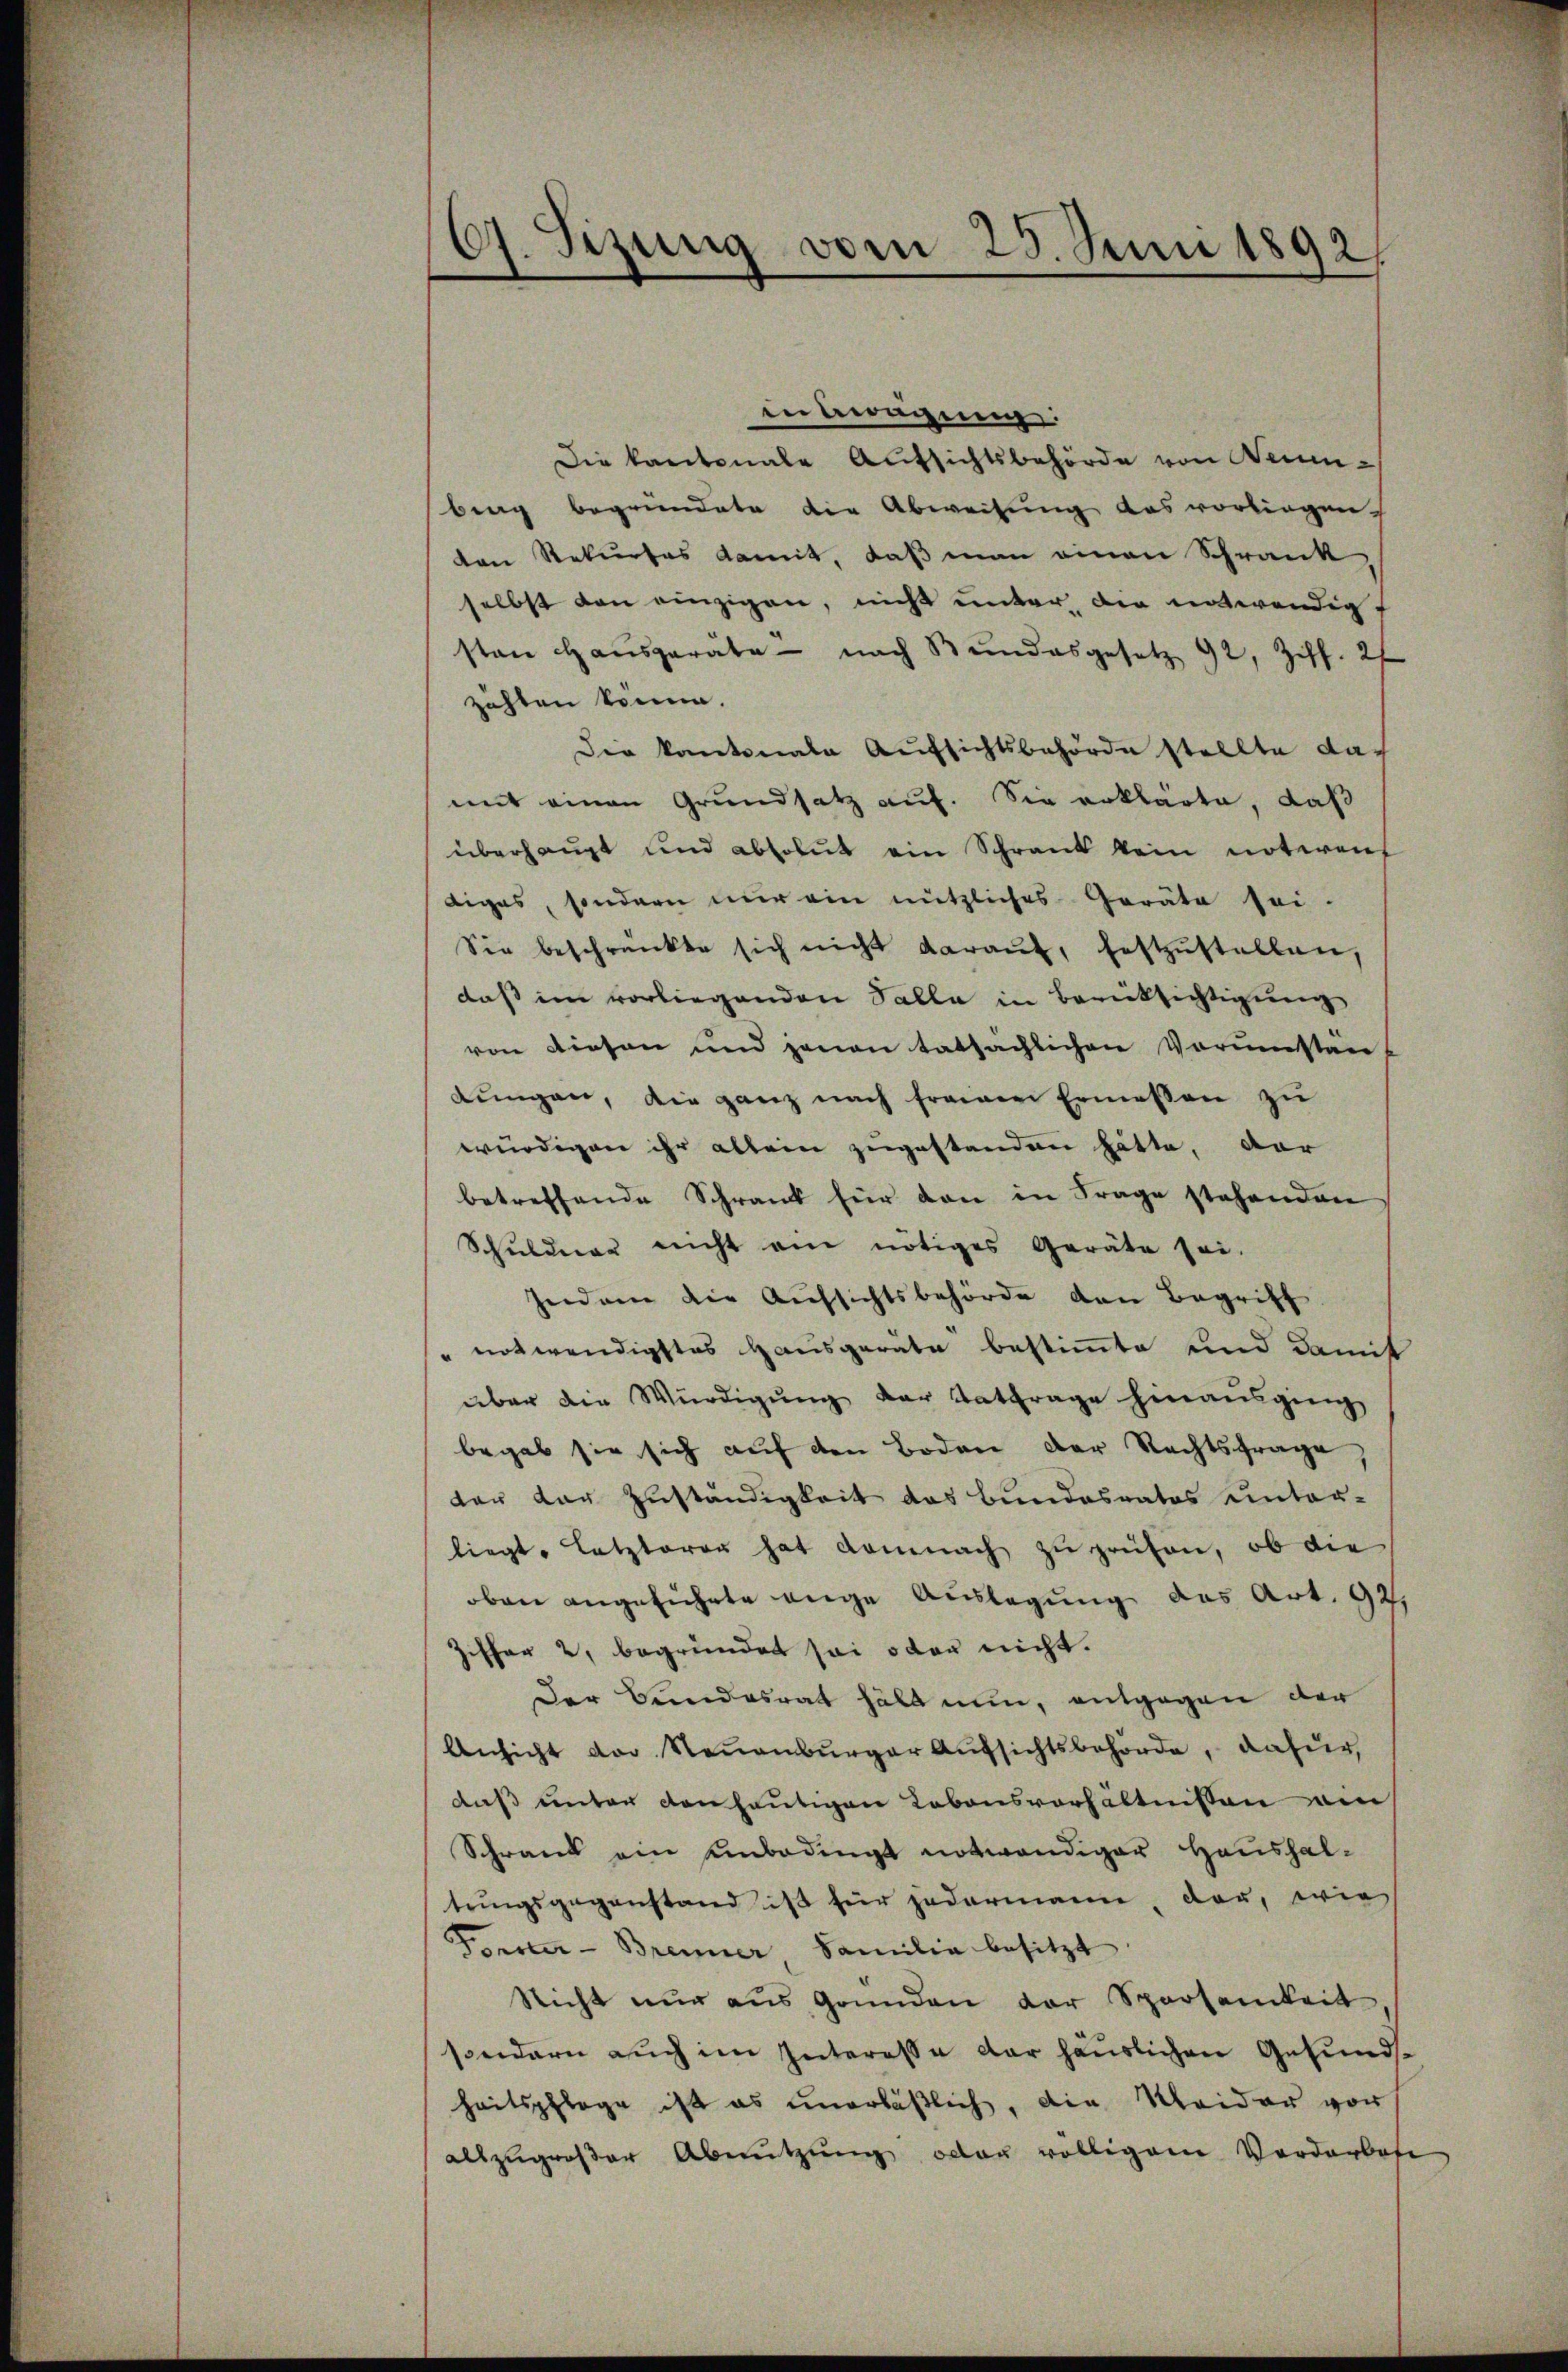
G. Sizung vom 25. Juni 1892.

in Beragung:
Die kantonale Aufsichtsbehörde von Neuenbing begründete die Abweisung das vorliegen.
den Rekurses damit, daß man einen Schrank
selbst von einzigen, nicht unter die entwendigt
sten Hausgeräte - nach Bundesgesetz 92, Ziff. 27
zahlen könne.
Die kantonale Aufsichtsbehörde stellte damit einen Grundsatz auf. Sie erklärte, daß
überhaupt und absolut ein Schrank kein notiren
diges, sondern nur ein nützliches Geräte sei-
Sie beschränkte sich nicht daraŭf, festzŭstellen,
dass im vorliegenden Falle in Berücksichtigung
von Diesen und jenen tatsächlichen Vorŭmstän-
dŭngen, die ganz nach freien Ermessen zŭ
würdigen ihr allein zugestanden hätte, dar
betreffende Schrank für den in Frage stehenden
Schŭldner nicht ein nötiges Geräte sei.
Jndame die Aŭfsichtsbehörde den Begriff
" notwendigstes Hausgerate bestimmte und damit
über die Würdigung der Entfrage hinausging
begab sie sich auf den Boden der Rechtsfrage,
der der Zuständigkeit das Bundesrates einter-
liegt. Letzterer hat demnach zŭ prüfen, ob die
oben angeführte eige Auslegung des Art. 92.
iffer 2, begründet sei oder nicht.
Der Bundesrat hält nun, entgegen der
Ansicht der Neuenburger Aufsichtsbehörde, dafür,
daß unter den heutigen Lebensverhältnissen am
Schrank ein unbedings notwendiger Haushaltungsgegenstand ist für jedermann, dar, wie
Percer-Brenner, Familie besitzt
Nicht nur aus Gründen der Sparsamkeit
sondern auch im Interesse der häuslichen Gesundheitspflege ist es unerläβlich, die Meider vor
allzugroßer Abnutzung oder völligem Verdarbese